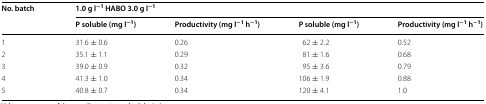
| <ROWSPAN=2> No. batch | <COLSPAN=4> 1.0 g l−1 HABO 3.0 g l−1 |
 | P soluble (mg l−1) | Productivity (mg l−1 h−1) | P soluble (mg l−1) | Productivity (mg l−1 h−1) |
 | --- | --- | --- | --- | --- |
 | 1 | 31.6 ± 0.6 | 0.26 | 62 ± 2.2 | 0.52 |
 | 2 | 35.1 ± 1.1 | 0.29 | 81 ± 1.6 | 0.68 |
 | 3 | 39.0 ± 0.9 | 0.32 | 95 ± 3.6 | 0.79 |
 | 4 | 41.3 ± 1.0 | 0.34 | 106 ± 1.9 | 0.88 |
 | 5 | 40.8 ± 0.7 | 0.34 | 120 ± 4.1 | 1.0 |